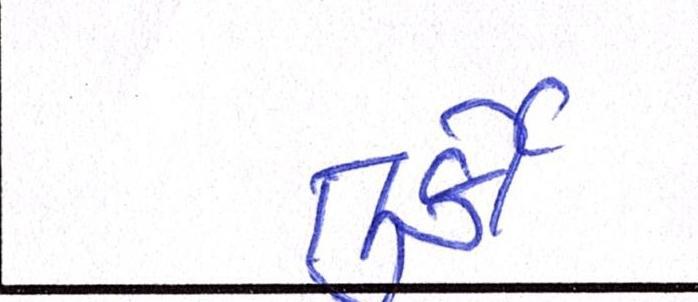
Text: તુર્કી